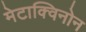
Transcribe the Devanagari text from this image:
मेटाक्विनोन